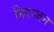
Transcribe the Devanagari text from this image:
निरन्जन